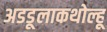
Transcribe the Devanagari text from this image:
अडडूलाकथोल्हू